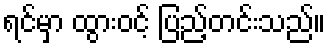
ရင်မှာ ထွားဝင့် ပြည့်တင်းသည်။